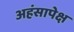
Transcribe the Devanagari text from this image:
अहंसापेक्ष